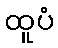
ထူပံ